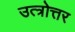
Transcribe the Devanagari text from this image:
उत्त्रोत्तर